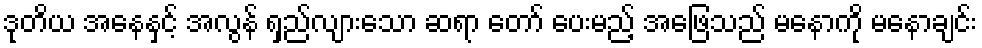
ဒုတိယ အနေနှင့် အလွန် ရှည်လျားသော ဆရာ တော် ပေးမည့် အဖြေသည် မနောကို မနောချင်း